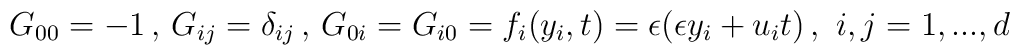
G_{00}=-1 \,,\, G_{ij}=\delta_{ij} \,,\,G_{0i}=G_{i0}=f_i(y_i,t)=\epsilon (\epsilon y_i + u_i t)\, ,\,\,i,j=1,...,d